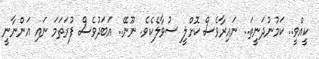
ކީއްވީ.. ކަމުނުދަނީތަ.. ނައިރާވެސް ކޮށްލީ ސުވާލެކެވެ. ނޫނޭ.. އަބަދުވެސް ފުރަތަމަ ނައި އަންނާނީ